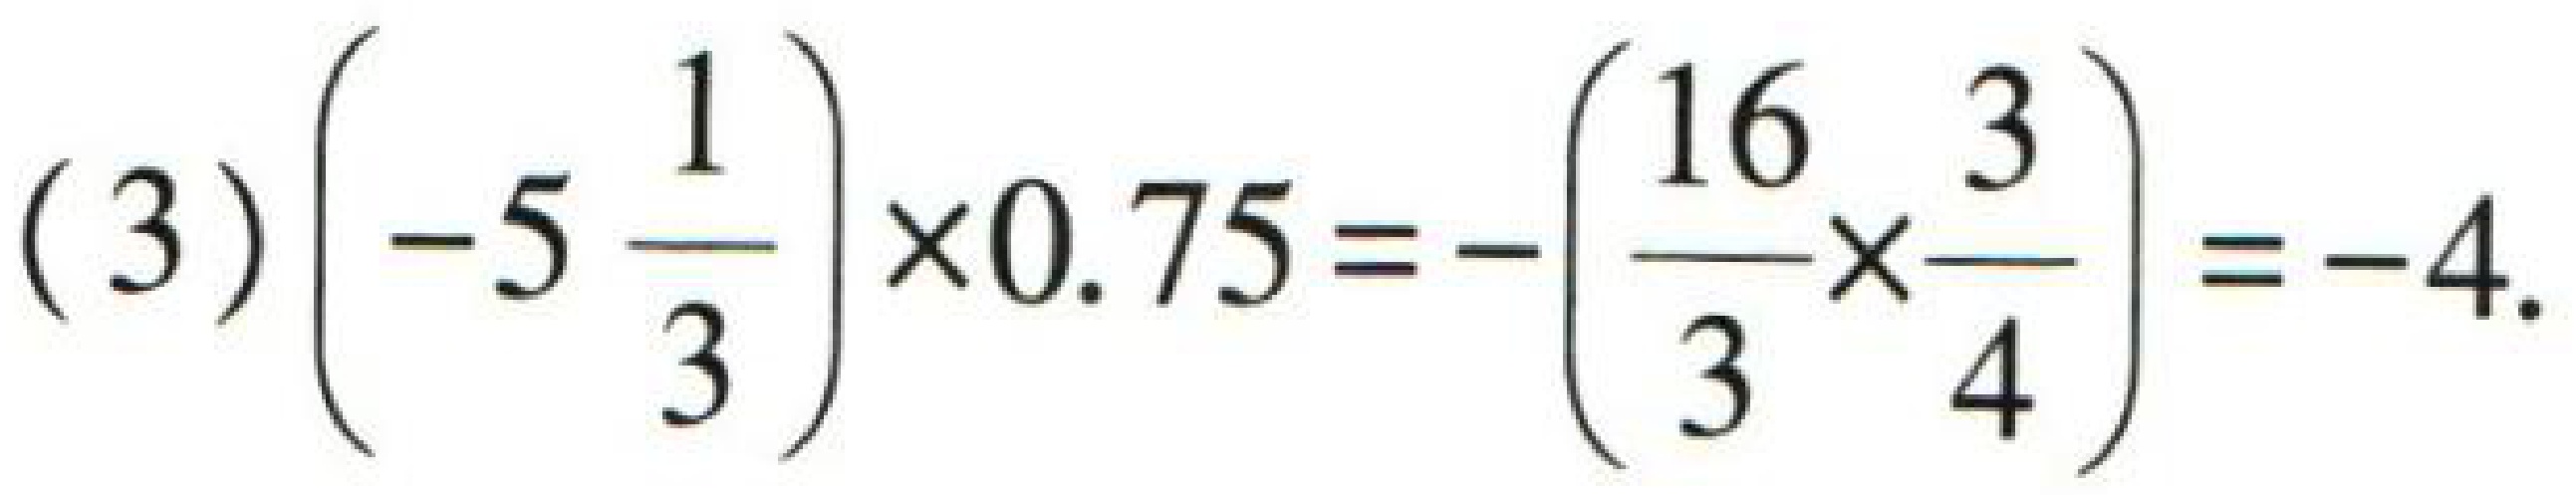
\((3)\left(-5\frac{1}{3}\right)\times0.75 = -\left(\frac{16}{3}\times\frac{3}{4}\right)=-4.\)